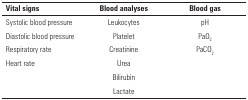
| Vital signs | Blood analyses | Blood gas |
 | --- | --- | --- |
 | Systolic blood pressure | Leukocytes | pH |
 | Diastolic blood pressure | Platelet | PaO2 |
 | Respiratory rate | Creatinine | PaCO2 |
 | Heart rate | Urea |  |
 |  | Bilirubin |  |
 |  | Lactate |  |